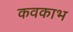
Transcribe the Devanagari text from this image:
कवकाभ